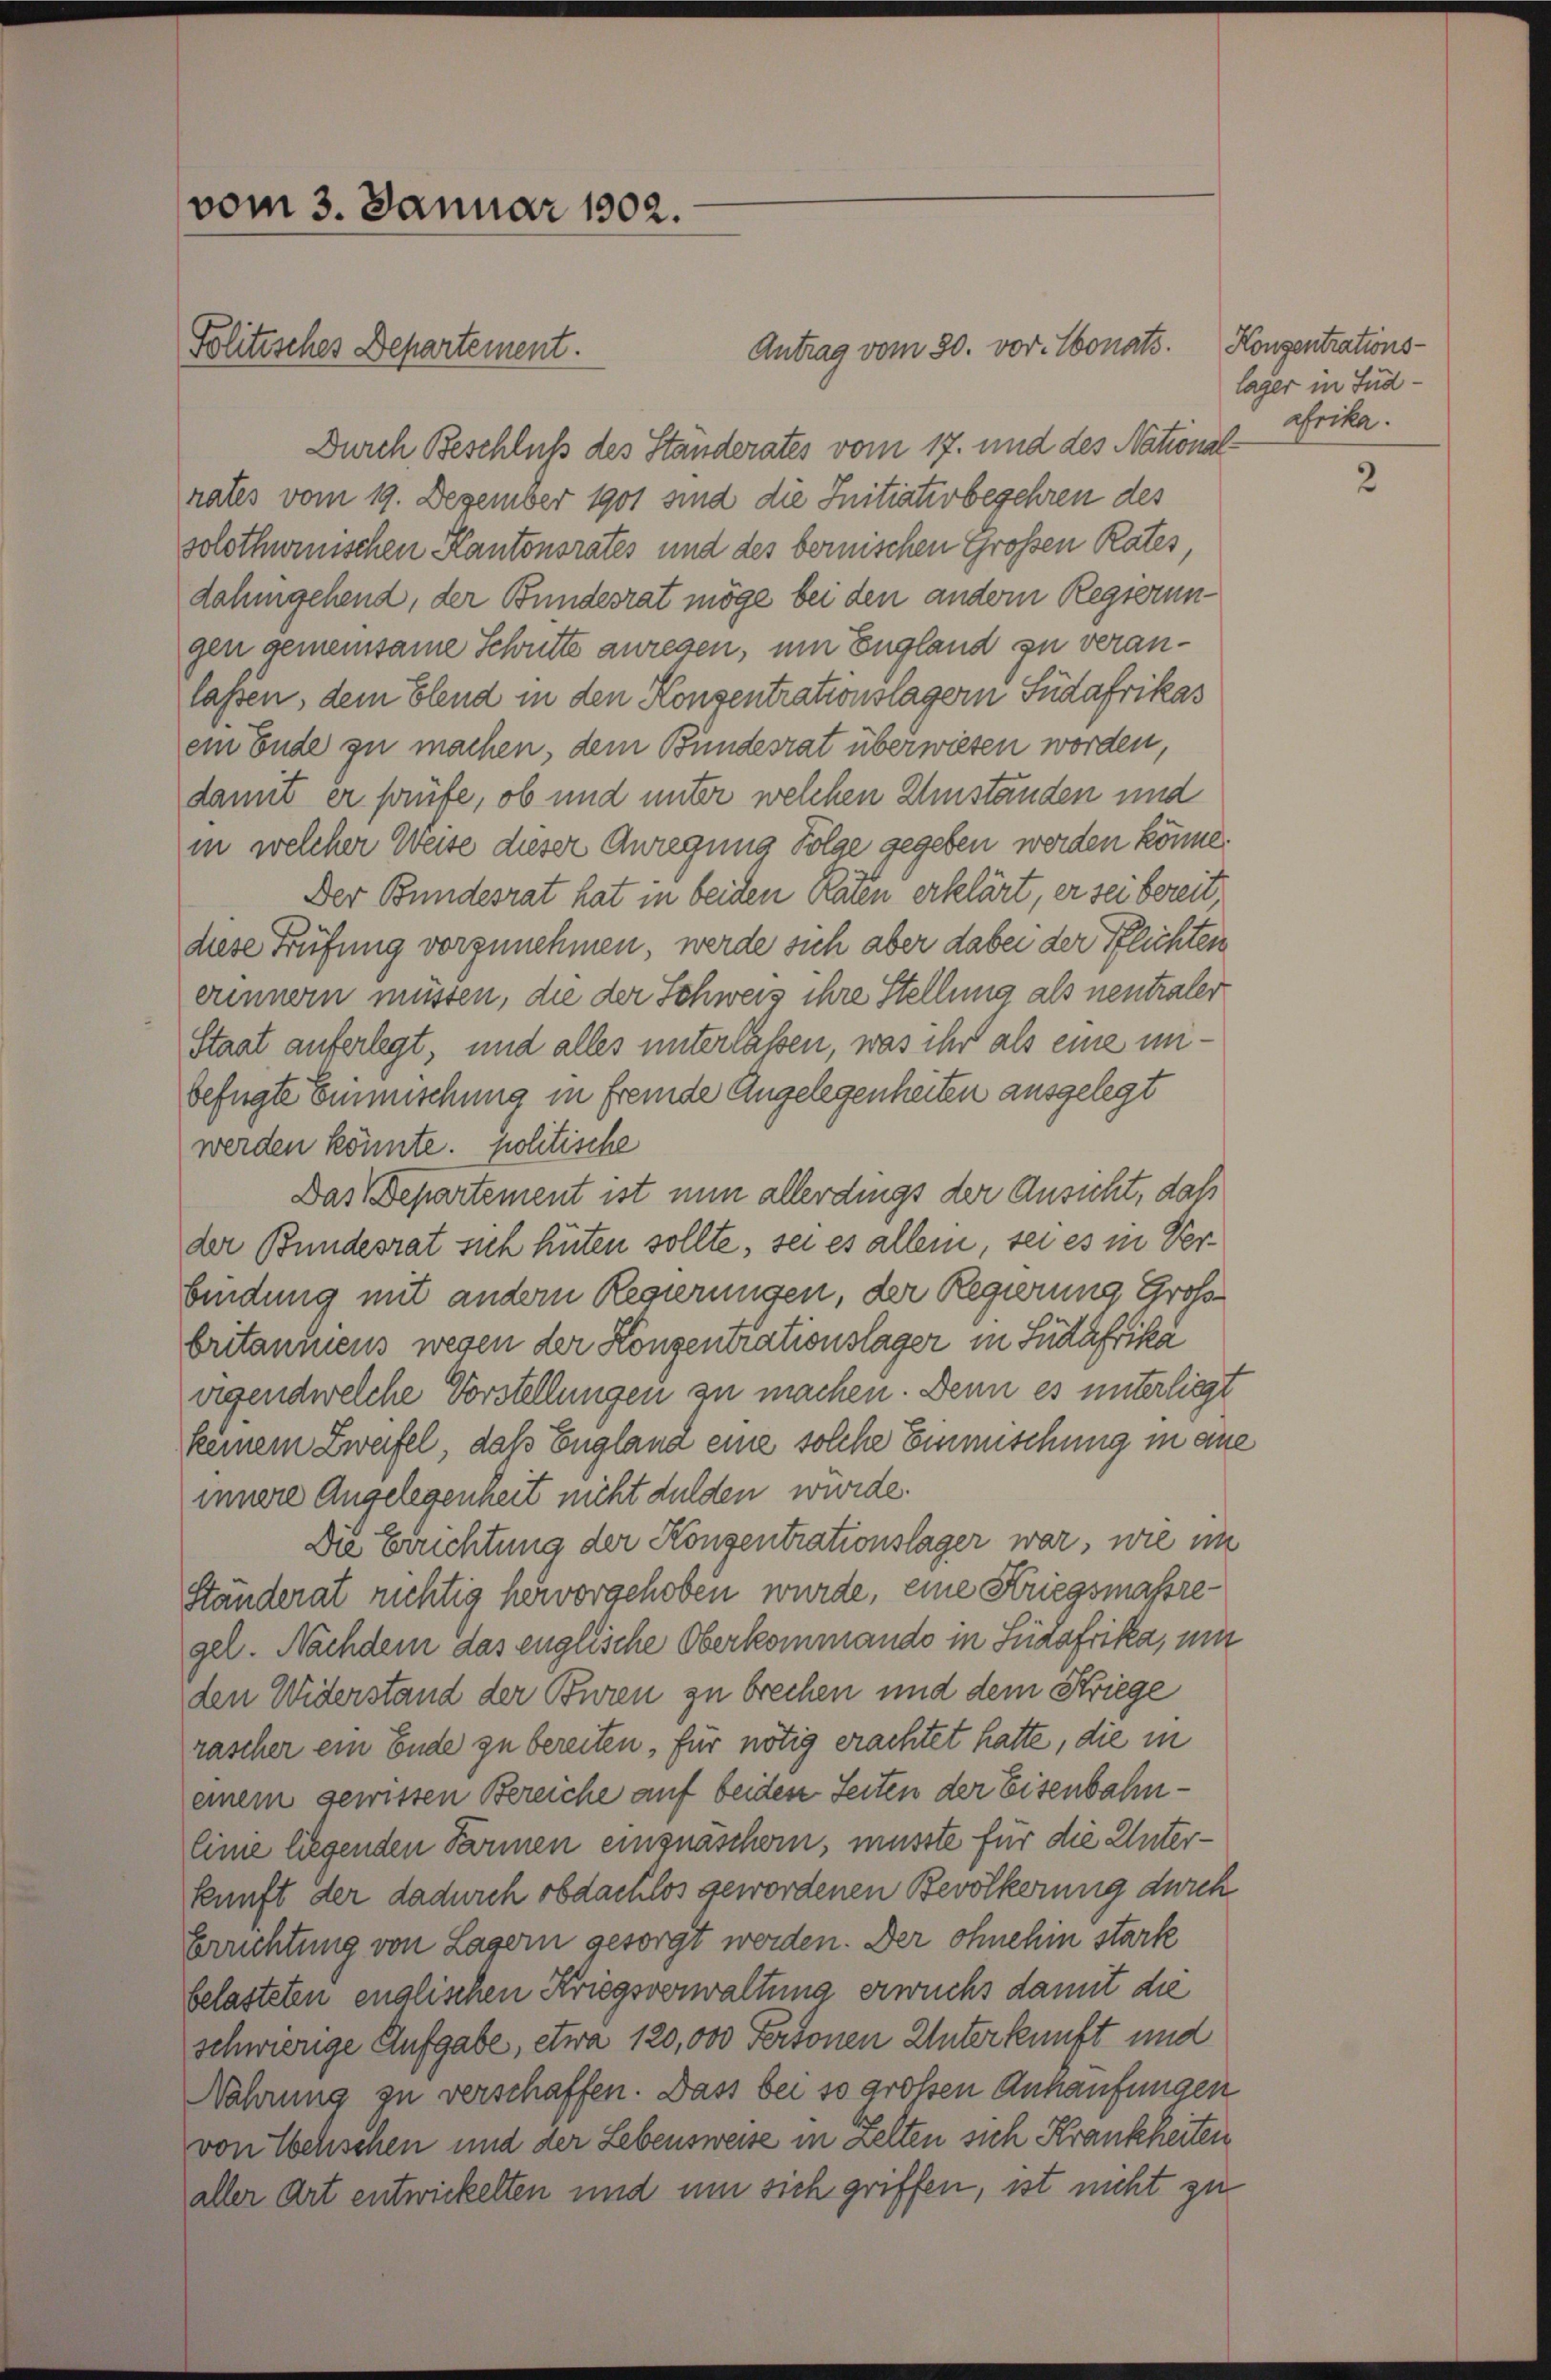
vom 3. Januar 1902.
Politisches Departement.

Antrag vom 30. vor. Monats. Konzentrations¬
Durch Beschluß des Ständerates vom 17. und des National
rates vom 19. Dezember 1901 sind die Initiativbegehren des
solothwenischen Kantonsrates und des bernischen Großen Rates
dahingehend, der Bundesrat möge bei den andern Regierungen gemeinsame Schnitte anregen, um England zu veranlassen, dem Elend in den Konsentrationslagern Südafrikas
ein Ende zu machen, dem Bundesrat überwiesen worden,
damit er prüfe, ob und unter welchen Umständen und
in welcher Weise dieser Anregung Folge gegeben werden könne.
Der Bundesrat hat in beiden Raten erklärt, er sei bereit
diese Prüfung vorzunehmen, werde sich aber dabei der Pflichten
erinnern müssen, die der Schweis ihre Stellung als neutraler
Staat auferlegt, und alles unterlassen, was ihr als eine mibefügte Einmischung in fremde Angelegenheiten ausgelegt
werden könnte. politische
Das Departement ist nun allerdings der Ansicht, daß
der Bundesrat sich hüten sollte, sei es allein, sei es in Verbindung mit andern Regierungen, der Regierung Groß
britanmens wegen der Konsenerationslager in Südafrika
vigendwelche Vorstellungen zu machen. Denn es unterliegt
keinem Zweifel, daß Englana eine solche Einmischung in ane
innere Angelegenheit nicht dulden würde.
Die Errichtung der Konsentrationslager war, wie im
Ständerat richtig hervorgehoben wurde, eine Kriegsmassregel. Nachdem das englische Oberkommando in Südafrika, um
den Widerstand der Buren zu brechen und dem Striege
rascher ein Ende zu bereiten, für nötig erachtet hatte, die in
einem gewissen Bereiche auf beiden Seiten der Eisenbahnlinie liegenden Parmen einzuäschern, müsste für die Unterkunft der dadurch obdachlos gewordenen Bevölkerung durch
Errichtung von Lagern gesorgt werden. Der ohnehin stark
belasteten englischen Kriegsverwaltung erwuchs damit die
schwierige Aufgabe, etwa 120,000 Pertonen Unterkunft und
Nahrung zu verschaffen. Dass bei so großen Ankaufungen
von Wehschen und der Lebensweise in Zelten sich Krankheiten
aller Art entwickelten und um sich griffen, ist nicht zu

lager in Fud
afrika.

2